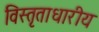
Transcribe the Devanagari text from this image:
विस्तृताधारीय